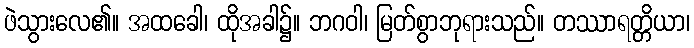
ဖဲသွားလေ၏။ အထခေါ၊ ထိုအခါ၌။ ဘဂဝါ၊ မြတ်စွာဘုရားသည်။ တဿာရတ္တိယာ၊